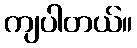
ကျပါတယ်။